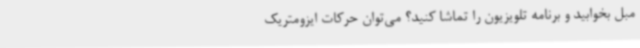
مبل بخوابید و برنامه تلویزیون را تماشا کنید؟ می‌توان حرکات ایزومتریک